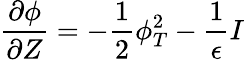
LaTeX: \frac{\partial\phi}{\partial Z}=-\frac{1}{2}\phi_{T}^{2}-\frac{1}{\epsilon}I